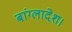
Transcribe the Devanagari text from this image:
बांग्‍लादेश।